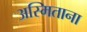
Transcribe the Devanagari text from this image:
अस्मिताना